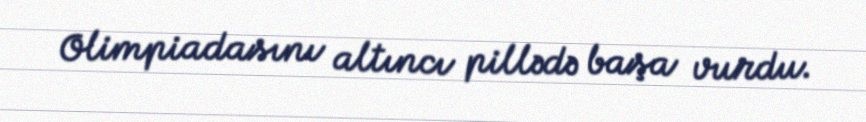
Olimpiadasını altıncı pillədə başa vurdu.